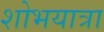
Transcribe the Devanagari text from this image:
शोभयात्रा